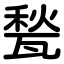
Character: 甃